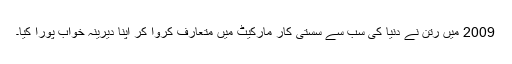
2009 میں رتن نے دنیا کی سب سے سستی کار مارکیٹ میں متعارف کروا کر اپنا دیرینہ خواب پورا کیا۔